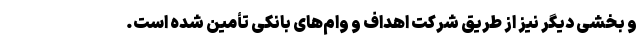
و بخشی دیگر نیز از طریق شرکت اهداف و وام‌های بانکی تأمین شده است.